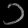
Digit: ၁